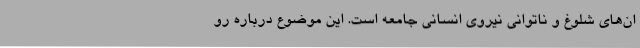
ان‌های شلوغ و ناتوانی نیروی انسانی جامعه است. این موضوع درباره رو